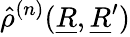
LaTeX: \hat{\rho}^{(n)}(\underline{{R}},\underline{{R}}^{\prime})